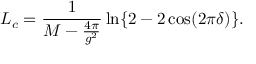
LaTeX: L _ { c } = \frac { 1 } { M - \frac { 4 \pi } { g ^ { 2 } } } \ln \{ 2 - 2 \cos ( 2 \pi \delta ) \} .